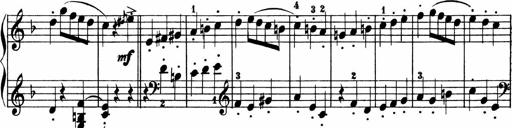
Title: 2 instructive Sonatinen
Composer: Paul Schumacher